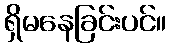
ရှိမနေခြင်းပင်။